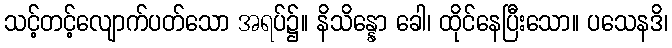
သင့်တင့်လျောက်ပတ်သော အရပ်၌။ နိသိန္နော ခေါ၊ ထိုင်နေပြီးသော။ ပသေနဒိ၊